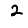
Digit: 2